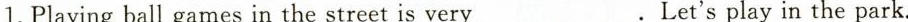
1.Playing ball games in the street is very ___. Let’s play in the park.